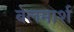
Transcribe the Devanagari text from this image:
बेलमार्श